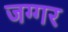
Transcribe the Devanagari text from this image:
जग्गर